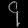
Digit: ၄